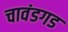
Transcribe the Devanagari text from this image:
चावंडगड